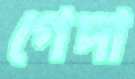
গেদা